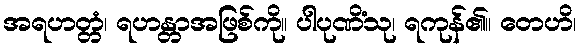
အရဟတ္တံ၊ ရဟန္တာအဖြစ်ကို။ ပါပုဏိံသု၊ ရကုန်၏။ တေဟိ၊